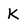
Character: K